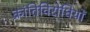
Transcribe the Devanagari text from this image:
क्रांतिविरोधियों